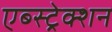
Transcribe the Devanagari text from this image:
एब्स्ट्रेक्शन